Newspaper: New Orleans Republican. [volume]
Place of publication: New Orleans, La
Publisher: S.L. Brown & Co.
Date: 1870-07-29 00:00:00
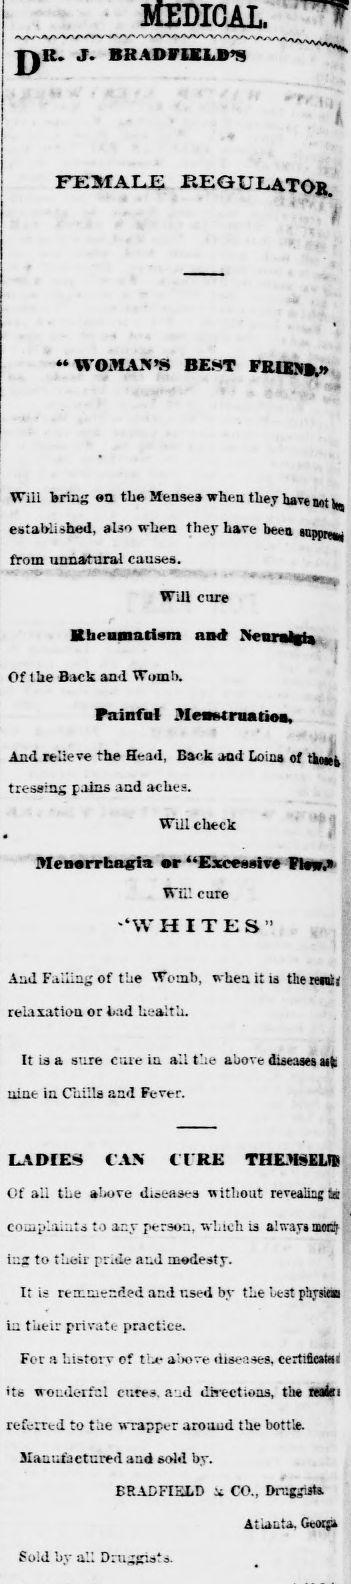
Advertisement text (OCR):
D It, J. BKADFIXLB'S FEMALE REGULATOR WOMAN'S BEST FRLEN».» Wili bring »ti tbe Meases when they havemti^ established, also when they have been soppr**, from unnatural causes. • - • Will cure Rheumatism and Neuralgt* Of tbe Back and Womb. Painful JImMraatiM, And relieve the Head, Back and Loins of tkoiek tressmg pains and aches. Will check Menorrhagia nr ''Excessive Flew." Will cure '\V HITES" And Faffing of tbe Womb, when it is therein!! relaxation or bad health. It is a sure cure in all tbe above diseases aife nine in Chills and Fever. LADIES CAN CURE THEM3ELTB Of aii the above diseases without revealing 6a complaints to ar.y person, which is aiwayimorii i::z to their [ '..tie and modesty. It is retnmeniied and used by the ue3t physm ia their private practice. For a historv of l ; a- a'.iore diseases, certifiiaisi its wonderful cures, and directions, the reate 1 referred to the wrapper around the bottle. Manufactured aud sold bv. Sold bv all Drug CO., Druggists Atlanta. Geoqn
Label: text-only